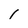
Character: 1